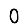
Digit: 0